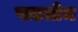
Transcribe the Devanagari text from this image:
पाडतोच